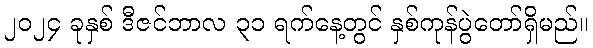
၂၀၂၄ ခုနှစ် ဒီဇင်ဘာလ ၃၁ ရက်နေ့တွင် နှစ်ကုန်ပွဲတော်ရှိမည်။